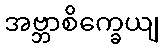
အဗ္ဘာစိက္ခေယျ